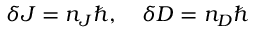
\delta J = n _ { J } \hbar , \quad \delta D = n _ { D } \hbar